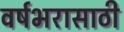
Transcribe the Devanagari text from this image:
वर्षभरासाठी